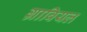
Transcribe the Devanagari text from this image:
ग्राबियल